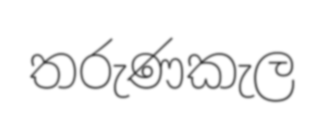
තරුණකැල